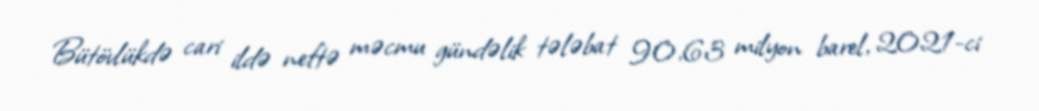
Bütövlükdə cari ildə neftə məcmu gündəlik tələbat 90,63 milyon barel, 2021-ci